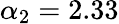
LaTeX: \alpha_{2}=2.33